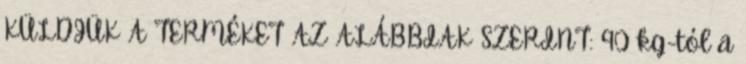
KÜLDJÜK A TERMÉKET AZ ALÁBBIAK SZERINT: 90 kg-tól a